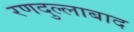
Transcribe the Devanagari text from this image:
रणदुल्लाबाद